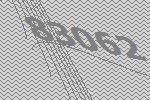
83062